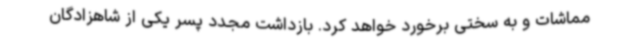
مماشات و به سختی برخورد خواهد کرد. بازداشت مجدد پسر یکی از شاهزادگان